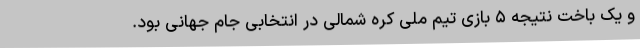
و یک باخت نتیجه ۵ بازی تیم ملی کره شمالی در انتخابی جام جهانی بود.